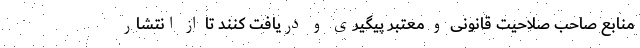
منابع صاحب صلاحیت قانونی و معتبر پیگیری و دریافت کنند تا از انتشار